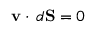
\ \ \ \mathbf { v } \cdot \, d \mathbf { S } = 0